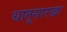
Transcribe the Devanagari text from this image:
धातूसारखा